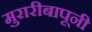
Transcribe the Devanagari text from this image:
मुरारीबापूनी